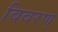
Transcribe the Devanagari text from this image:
विवरण्‌